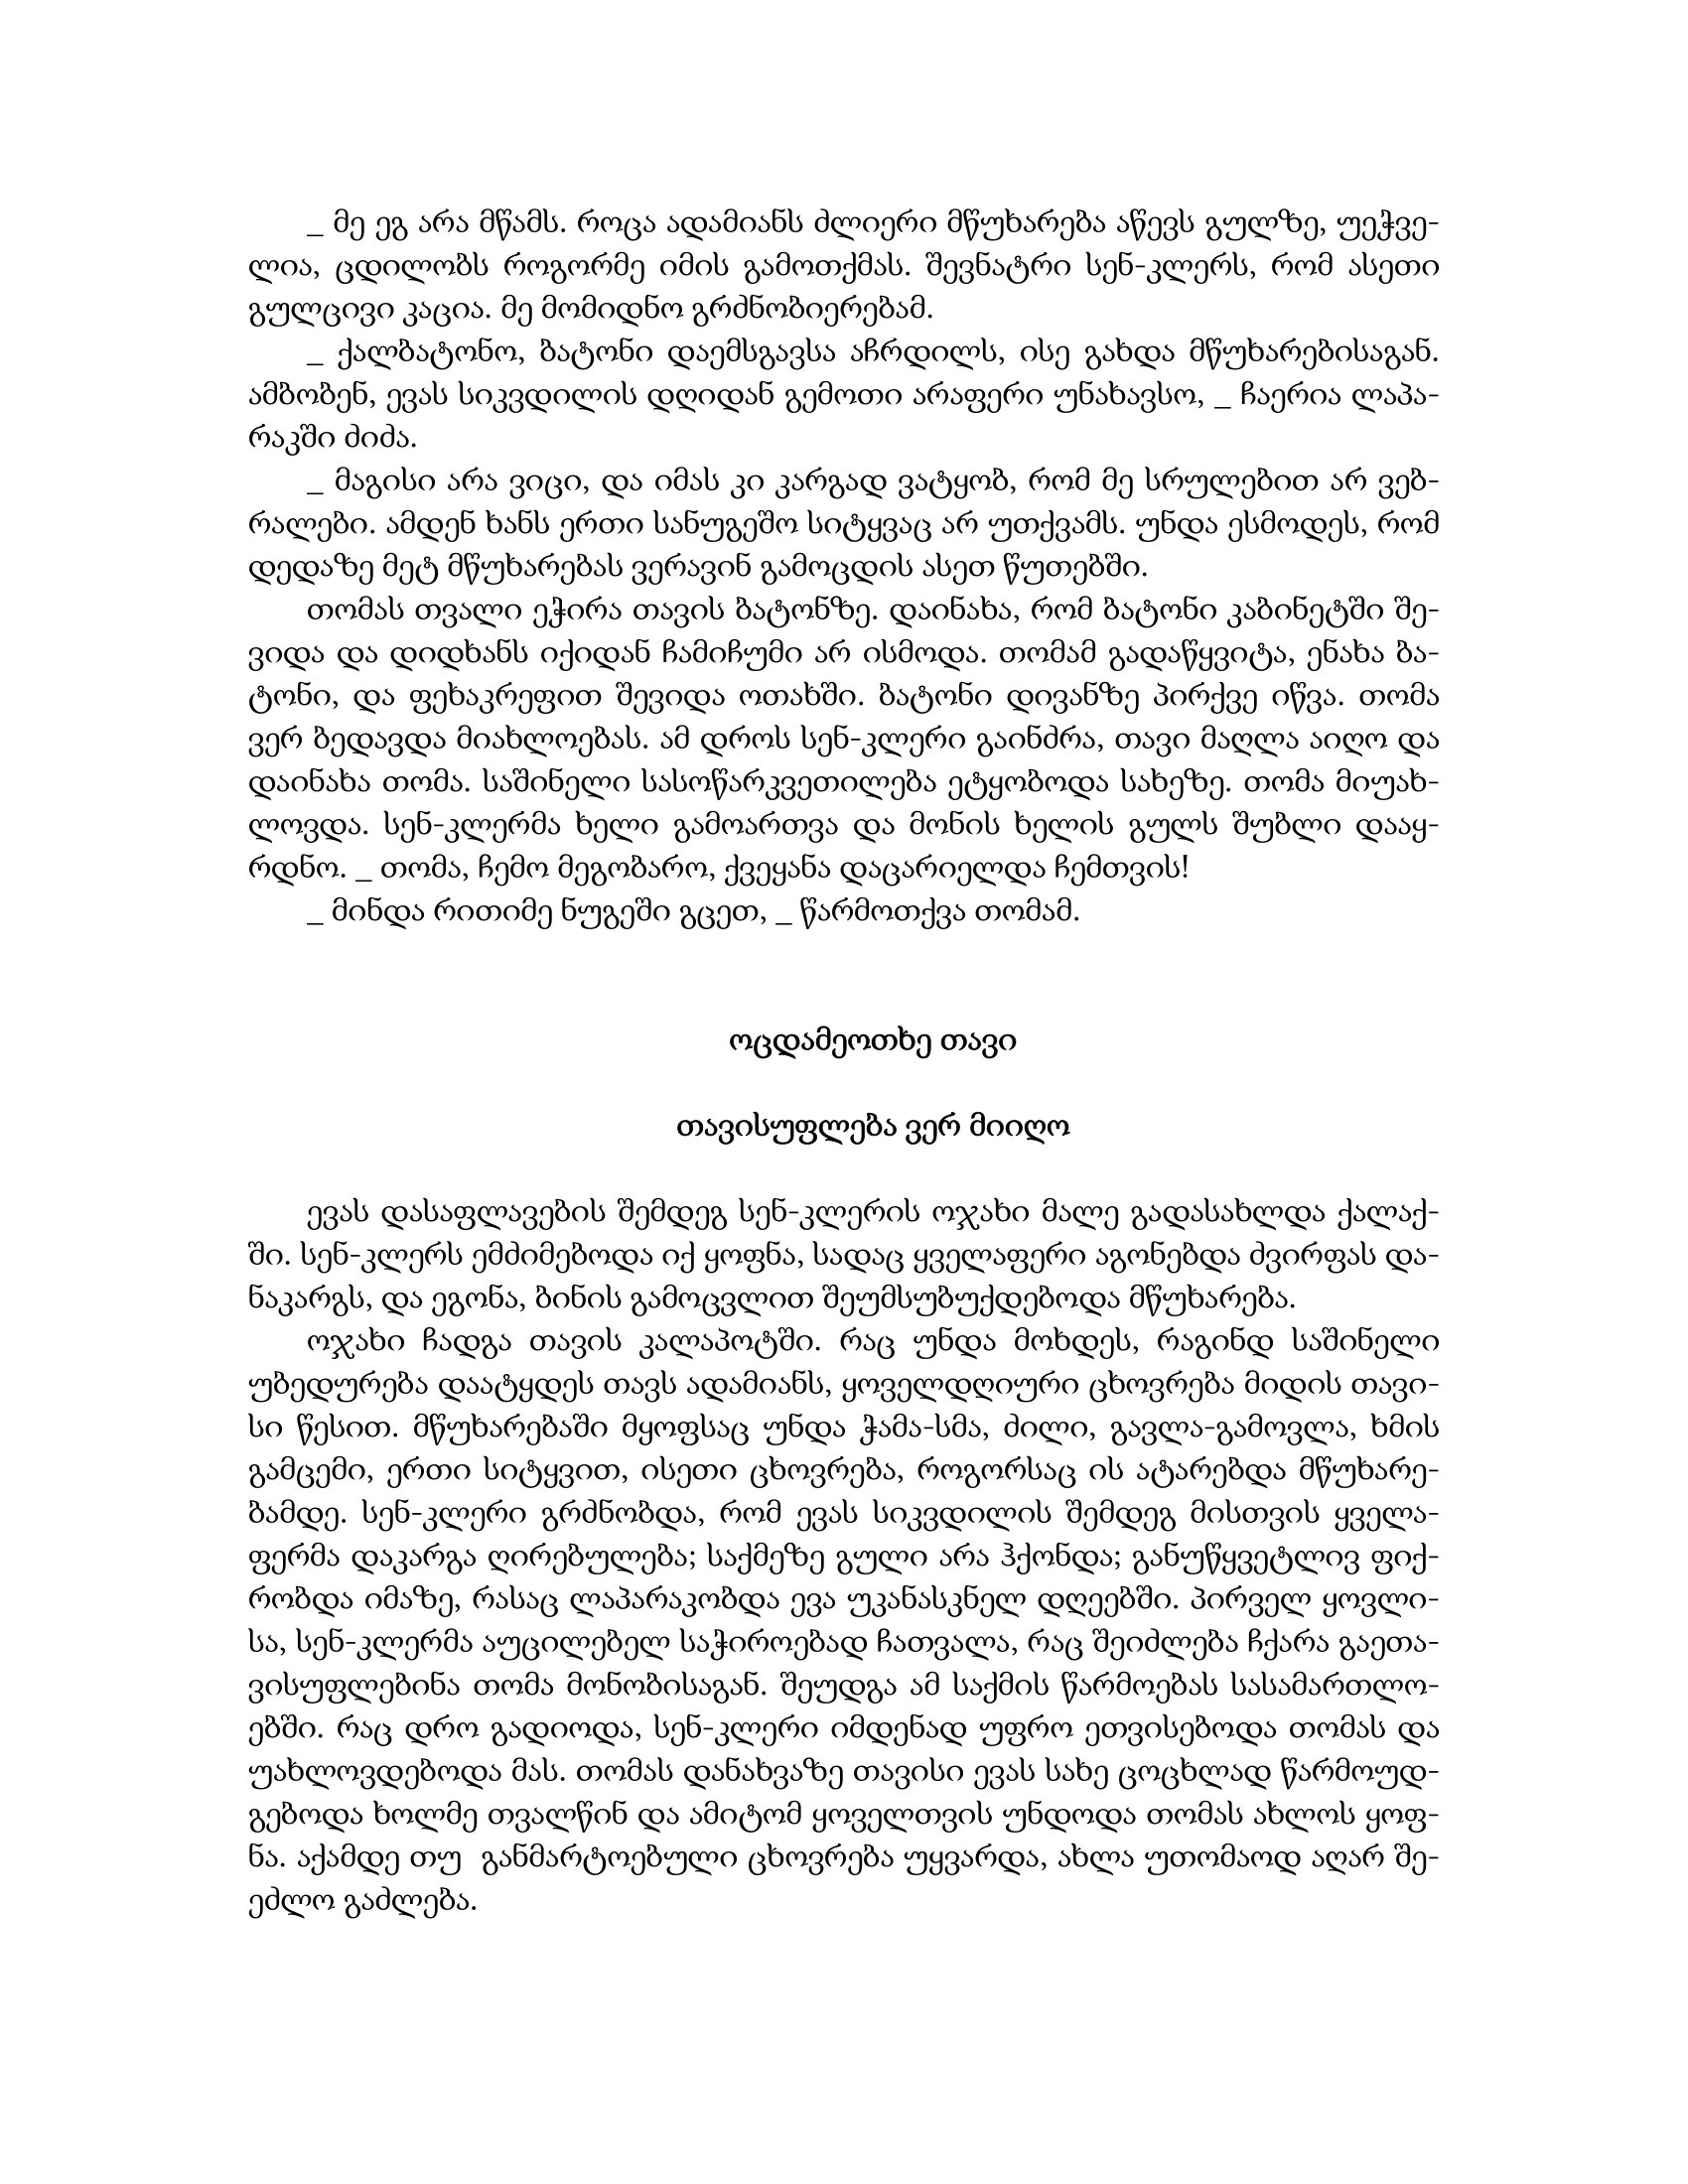
Language: gr